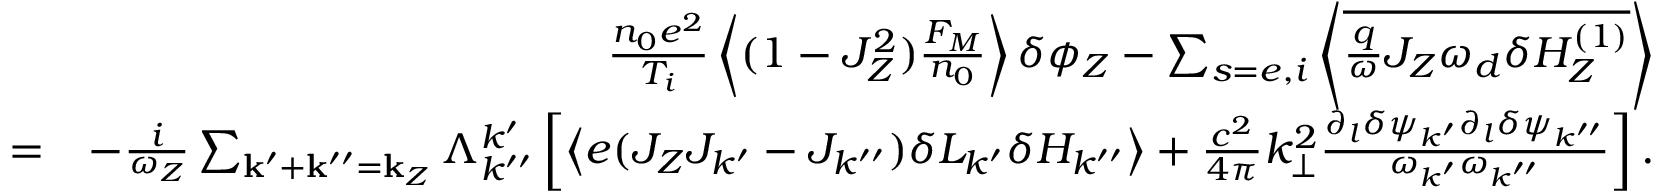
\begin{array} { r l r } & { } & { \frac { n _ { 0 } e ^ { 2 } } { T _ { i } } \left\langle ( 1 - J _ { Z } ^ { 2 } ) \frac { F _ { M } } { n _ { 0 } } \right\rangle \delta \phi _ { Z } - \sum _ { s = e , i } \left\langle \overline { { \frac { q } { \omega } J _ { Z } \omega _ { d } \delta H _ { Z } ^ { ( 1 ) } } } \right\rangle } \\ & { = } & { - \frac { i } { \omega _ { Z } } \sum _ { \mathbf { k } ^ { \prime } + \mathbf { k } ^ { \prime \prime } = \mathbf { k } _ { Z } } \Lambda _ { k ^ { \prime \prime } } ^ { k ^ { \prime } } \left[ \left\langle e ( J _ { Z } J _ { k ^ { \prime } } - J _ { k ^ { \prime \prime } } ) \delta L _ { k ^ { \prime } } \delta H _ { k ^ { \prime \prime } } \right\rangle + \frac { c ^ { 2 } } { 4 \pi } k _ { \perp } ^ { 2 } \frac { \partial _ { l } \delta \psi _ { k ^ { \prime } } \partial _ { l } \delta \psi _ { k ^ { \prime \prime } } } { \omega _ { k ^ { \prime } } \omega _ { k ^ { \prime \prime } } } \right] . } \end{array}